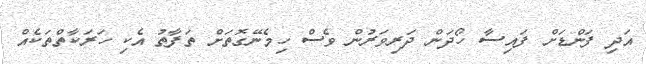
އަދި ފަންޑަށް ފައިސާ ހޯދަން ދަރިވަރުން ވެސް ހިމެނޭގޮތަށް ތަފާތު އެކި ހަރަކާތްތަކެއް